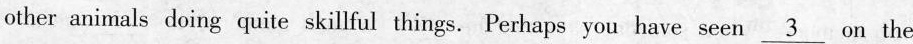
other animals doing quite skillful things. Perhaps you have seen\underline{3} on the